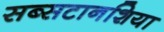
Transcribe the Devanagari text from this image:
सब्सटानशिया